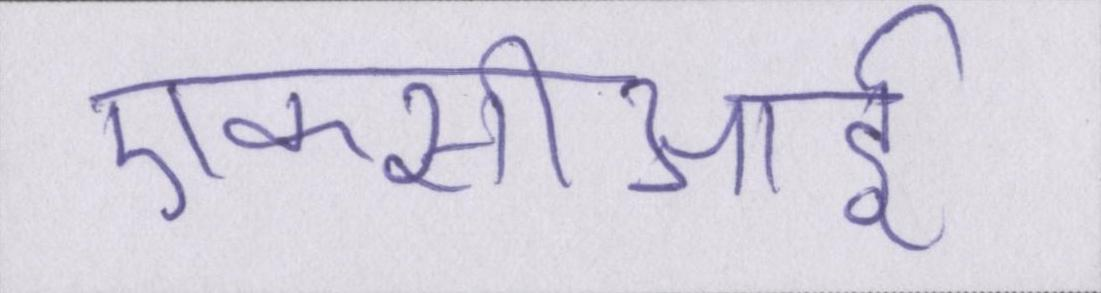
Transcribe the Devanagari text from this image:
एफसीआई